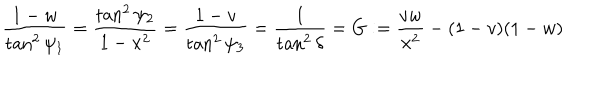
LaTeX: { \frac { 1 - w } { \tan ^ { 2 } \psi _ { 1 } } } = { \frac { \tan ^ { 2 } \psi _ { 2 } } { 1 - x ^ { 2 } } } = { \frac { 1 - v } { \tan ^ { 2 } \psi _ { 3 } } } = { \frac { 1 } { \tan ^ { 2 } \delta } } = G : = { \frac { v w } { x ^ { 2 } } } - ( 1 - v ) ( 1 - w )